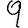
Digit: 9